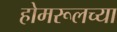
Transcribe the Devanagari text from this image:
होमरूलच्या